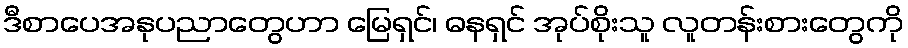
ဒီစာပေအနုပညာတွေဟာ မြေရှင်၊ ဓနရှင် အုပ်စိုးသူ လူတန်းစားတွေကို